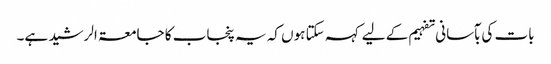
بات کی بآسانی تفہیم کے لیے کہہ سکتا ہوں کہ یہ پنجاب کا جامعۃ الرشید ہے۔